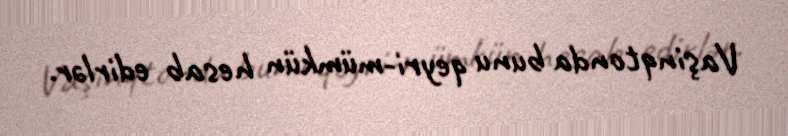
Vaşinqtonda bunu qeyri-mümkün hesab edirlər.